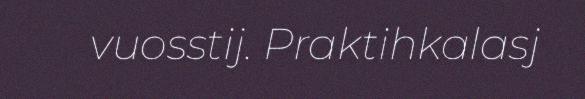
vuosstij. Praktihkalasj